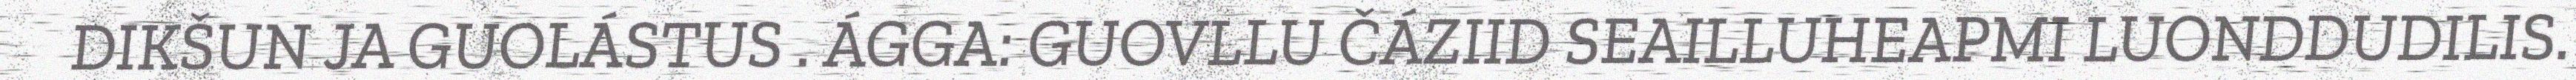
DIKŠUN JA GUOLÁSTUS . ÁGGA: GUOVLLU ČÁZIID SEAILLUHEAPMI LUONDDUDILIS.